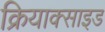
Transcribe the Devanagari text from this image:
क्रियाक्साइड